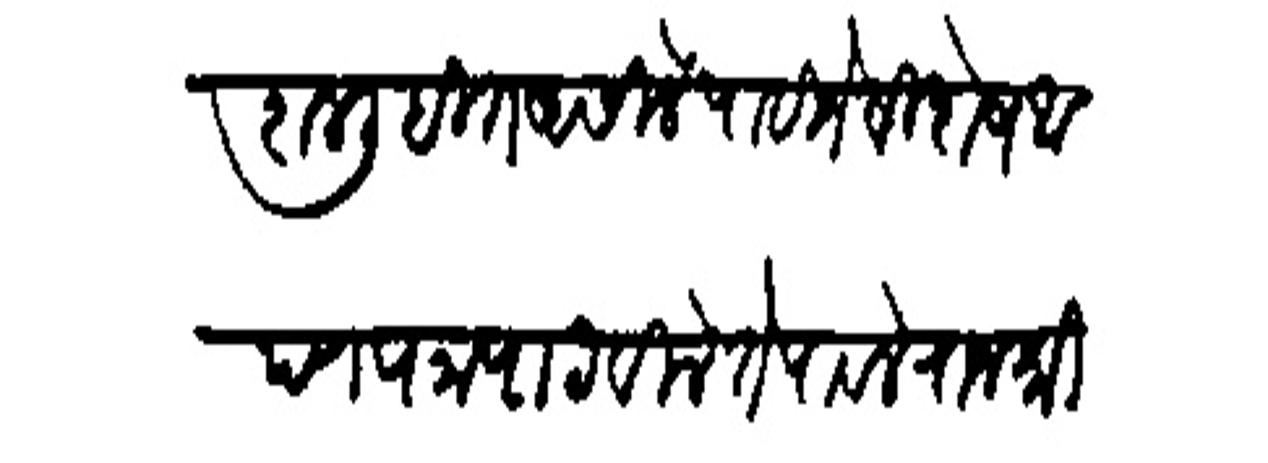
Transliteration (Devanagari): कुशल लिहित असिले पाहिजे विशेष आपण पत्र पाठविले से पावले राजश्री